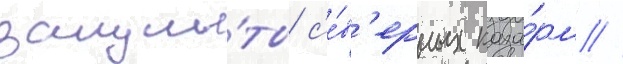
защи́ты с'е́в'ерных каза́рм //